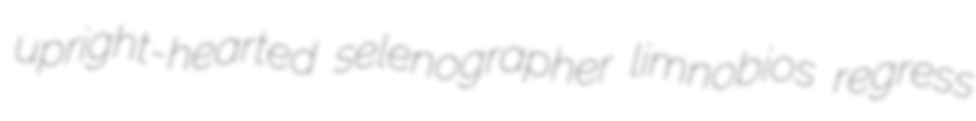
upright-hearted selenographer limnobios regress